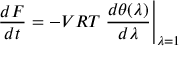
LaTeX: { \frac { d F } { d t } } = - V R T \left. { \frac { d \theta ( \lambda ) } { d \lambda } } \right| _ { \lambda = 1 }